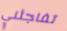
تفاجئني